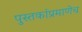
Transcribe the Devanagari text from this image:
पुस्तकांप्रमाणेच